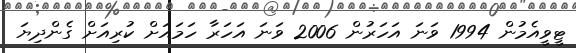
ޓީވީއެމުން 1994 ވަނަ އަހަރުން 2006 ވަނަ އަހަރާ ހަމައަށް ކުރިއަށް ގެންދިޔަ